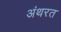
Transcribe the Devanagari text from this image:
अंथरत